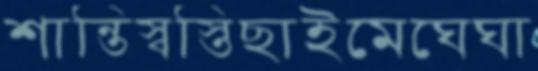
শান্তিস্বস্তিছাইমেঘেঘা